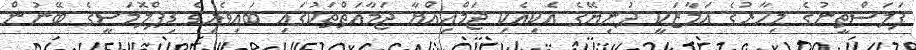
ފަލަސްތީނުގެ މިހާރުގެ އަމާޒަކީ ދުނިޔޭގެ އެކިއެކި ޖަމްއިއްޔާ ޖަމާއަތްތަކުގައި ބައިވެރިވެ ޑިޕްލޮމަސީގެ ބޭނުން